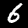
Label: 6